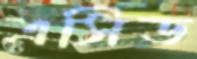
এসিড